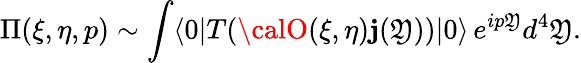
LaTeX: \Pi(\xi,\eta,p)\sim\int\langle0|T({\calO}(\xi,\eta)\mathbf{j}(\mathfrak{Y}))|0\rangle\, e^{ip\mathfrak{Y}}d^{4}\mathfrak{Y}.